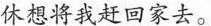
休想将我赶回家去。